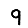
Digit: 9